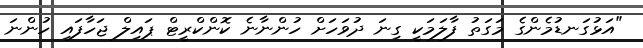
"އަޅުގަނޑުމެންގެ މަގަތު ފާލަމަކީ ގިނަ ދުވަހަށް ހުންނާނެ ކޮންކްރީޓް ޕައިލް ޖަހާފައި ހުންނަ